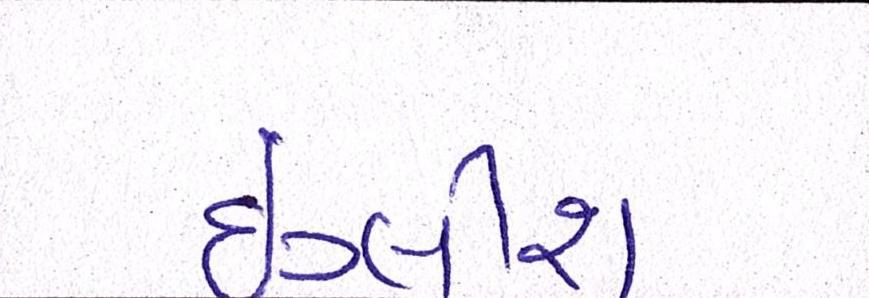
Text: ઇંગ્લીશ